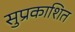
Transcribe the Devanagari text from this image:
सुप्रकाशित